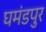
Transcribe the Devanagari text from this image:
घमंडपुर